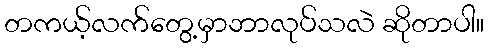
တကယ့်လက်တွေ့မှာဘာလုပ်သလဲ ဆိုတာပါ။